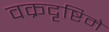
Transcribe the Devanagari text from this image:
वक्रदृष्टिमे